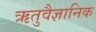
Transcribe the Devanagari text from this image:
ऋतुवैज्ञानिक